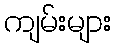
ကျမ်းများ